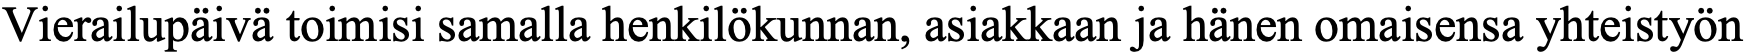
Vierailupäivä toimisi samalla henkilökunnan, asiakkaan ja hänen omaisensa yhteistyön